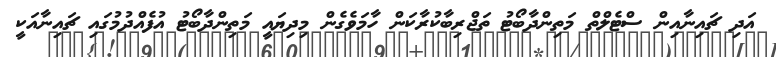
އަދި ޗައިނާއިން ސްޓެލްތް މަތިންދާބޯޓު ތަޖްރިބާކުރާކަން ހާމަވެގެން މިދިޔައީ މަތިންދާބޯޓު އުފެއްދުމުގައި ޗައިނާއަކީ